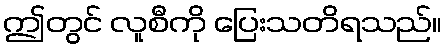
ဤတွင် လူစီကို ပြေးသတိရသည်။